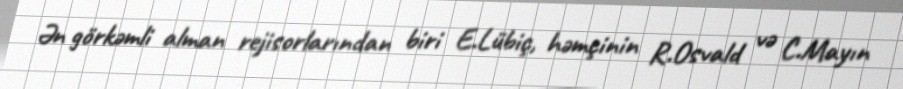
Ən görkəmli alman rejisorlarından biri E.Lübiç, həmçinin R.Osvald və C.Mayın